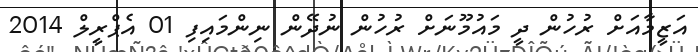
އަޒީމާއަށް ރުހުން ދީ މައުމޫނަށް ރުހުން ނުދޭން ނިންމައިފި 01 އެޕްރީލް 2014